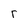
Character: r